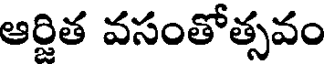
ఆర్జిత వసంతోత్సవం